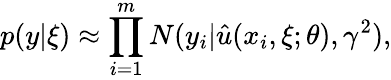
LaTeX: {p(y|\xi)}\approx\prod_{i=1}^{m}N(y_{i}|\hat{u}(x_{i},\xi;\theta),\gamma^{2}),